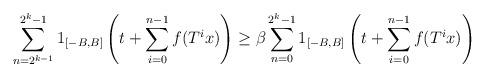
LaTeX: \begin{align*}\sum_{n=2^{k-1}}^{2^k-1} 1_{[-B,B]} \left( t + \sum_{i=0}^{n-1} f(T^i x) \right)\ge\beta \sum_{n=0}^{2^k - 1} 1_{[-B,B]} \left( t + \sum_{i=0}^{n-1} f(T^i x) \right)\end{align*}